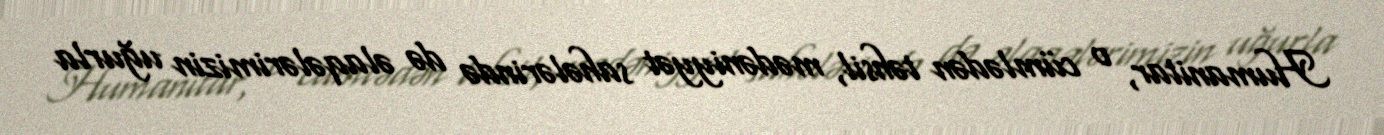
Humanitar, o cümlədən təhsil, mədəniyyət sahələrində də əlaqələrimizin uğurla